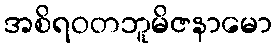
အစိရဝတဘူမိဇနာမော